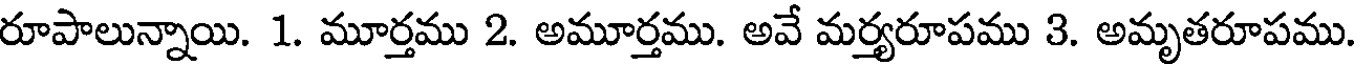
రూపాలున్నాయి. 1. మూర్తము 2. అమూర్తము. అవే మర్యరూపము 3. అమృతరూపము.